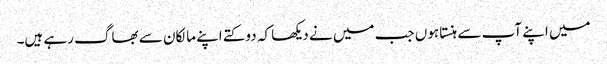
میں اپنے آپ سے ہنستا ہوں جب میں نے دیکھا کہ دو کتے اپنے مالکان سے بھاگ رہے ہیں۔